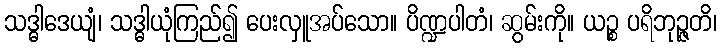
သဒ္ဓါဒေယျံ၊ သဒ္ဓါယုံကြည်၍ ပေးလှူအပ်သော။ ပိဏ္ဍပါတံ၊ ဆွမ်းကို။ ယဉ္စ ပရိဘုဉ္ဇတိ၊